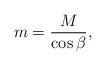
LaTeX: \begin{align*}m = \frac{M}{\cos{\beta}} ,\end{align*}